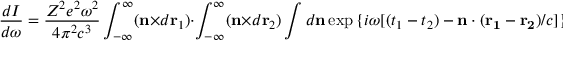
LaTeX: { \frac { d I } { d \omega } } = { \frac { Z ^ { 2 } e ^ { 2 } \omega ^ { 2 } } { 4 \pi ^ { 2 } c ^ { 3 } } } \int _ { - \infty } ^ { \infty } ( { \bf n } \times d { \bf r } _ { 1 } ) \cdot \int _ { - \infty } ^ { \infty } ( { \bf n } \times d { \bf r } _ { 2 } ) \int d { \bf n } \exp { \{ i \omega [ ( t _ { 1 } - t _ { 2 } ) - { \bf n } \cdot ( { \bf r _ { 1 } } - { \bf r _ { 2 } } ) / c ] \} } ,